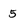
Character: 5